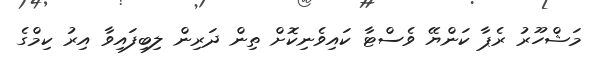
މަޝްހޫރު ރެޕާ ކަންޔޭ ވެސްޓާ ކައިވެނިކޮށް ތިން ދަރިން ލިބިފައިވާ އިރު ކިމްގެ